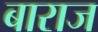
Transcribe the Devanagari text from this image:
बाराज